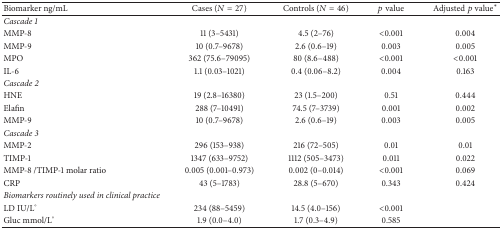
<table><thead><tr><td><b>Biomarker ng/mL</b></td><td><b>Cases (<i>N</i> = 27)</b></td><td><b>Controls (<i>N</i> = 46)</b></td><td><b><i>p</i> value</b></td><td><b>Adjusted <i>p</i>value<sup><i>∗</i></sup></b></td></tr></thead><tbody><tr><td><i>Cascade 1</i></td><td> </td><td> </td><td> </td><td> </td></tr><tr><td>MMP-8</td><td>11 (3–5431)</td><td>4.5 (2–76)</td><td>&lt;0.001</td><td>0.004</td></tr><tr><td>MMP-9</td><td>10 (0.7–9678)</td><td>2.6 (0.6–19)</td><td>0.003</td><td>0.005</td></tr><tr><td>MPO</td><td>362 (75.6–79095)</td><td>80 (8.6–488)</td><td>&lt;0.001</td><td>&lt;0.001</td></tr><tr><td>IL-6</td><td>1.1 (0.03–1021)</td><td>0.4 (0.06–8.2)</td><td>0.004</td><td>0.163</td></tr><tr><td><i>Cascade 2</i></td><td> </td><td> </td><td> </td><td> </td></tr><tr><td>HNE</td><td>19 (2.8–16380)</td><td>23 (1.5–200)</td><td>0.51</td><td>0.444</td></tr><tr><td>Elafin</td><td>288 (7–10491)</td><td>74.5 (7–3739)</td><td>0.001</td><td>0.002</td></tr><tr><td>MMP-9</td><td>10 (0.7–9678)</td><td>2.6 (0.6–19)</td><td>0.003</td><td>0.005</td></tr><tr><td><i>Cascade 3</i></td><td> </td><td> </td><td> </td><td> </td></tr><tr><td>MMP-2</td><td>296 (153–938)</td><td>216 (72–505)</td><td>0.01</td><td>0.01</td></tr><tr><td>TIMP-1</td><td>1347 (633–9752)</td><td>1112 (505–3473)</td><td>0.011</td><td>0.022</td></tr><tr><td>MMP-8 /TIMP-1 molar ratio</td><td>0.005 (0.001–0.973)</td><td>0.002 (0–0.014)</td><td>&lt;0.001</td><td>0.069</td></tr><tr><td>CRP</td><td>43 (5–1783)</td><td>28.8 (5–670)</td><td>0.343</td><td>0.424</td></tr><tr><td><i>Biomarkers routinely used in clinical practice</i></td><td> </td><td> </td><td> </td><td> </td></tr><tr><td>LD IU/L°</td><td>234 (88–5459)</td><td>14.5 (4.0–156)</td><td>&lt;0.001</td><td> </td></tr><tr><td>Gluc mmol/L°</td><td>1.9 (0.0–4.0)</td><td>1.7 (0.3–4.9)</td><td>0.585</td><td> </td></tr></tbody></table>